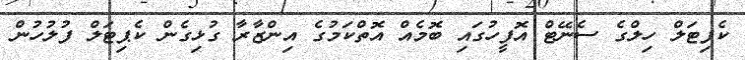
ކެޕިޓަލް ހިލްގެ ސެނޭޓް އޮފީހުގައި ބޮމެއް އޮތްކަމުގެ އިންޒާރާ ގުޅިގެން ކެޕިޓަލް ފުލުހުން